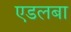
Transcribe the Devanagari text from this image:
एडलबा